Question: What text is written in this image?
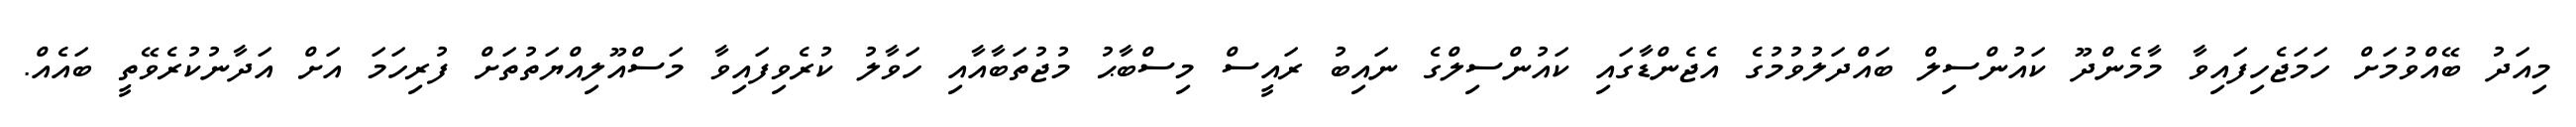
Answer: މިއަދު ބޭއްވުމަށް ހަމަޖެހިފައިވާ މާމެންދޫ ކައުންސިލް ބައްދަލުވުމުގެ އެޖެންޑާގައި ކައުންސިލްގެ ނައިބު ރައީސް މިސްބާޙު މުޖުތަބާއާއި ހަވާލު ކުރެވިފައިވާ މަސްއޫލިއްޔަތުތަށް ފުރިހަމަ އަށް އަދާނުކުރެވޭތީ ބައެއް.